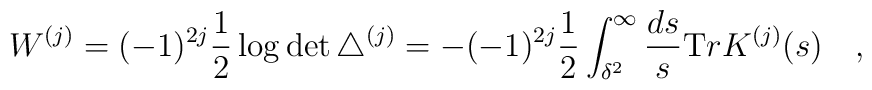
W^{(j)}=(-1)^{2j}\frac 12 \log\det \triangle^{(j)}=-(-1)^{2j}\frac 12\int^{\infty}_{\delta^2}{ds \over s} {\mbox Tr}K^{(j)}(s)~~~,